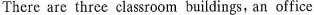
There are three classroom buildings, an office